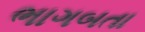
ભાગબતા